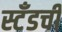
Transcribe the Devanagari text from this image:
स्टँडची